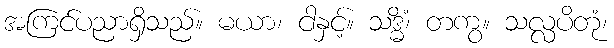
အကြင်ပညာရှိသည်။ မယာ၊ ငါနှင့်။ သဒ္ဓိံ၊ တကွ။ သလ္လပိတုံ၊